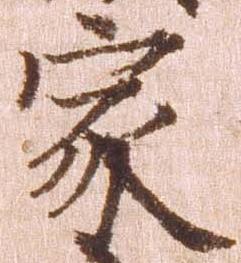
家